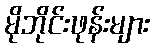
မိုဘိုင်းဖုန်းများ